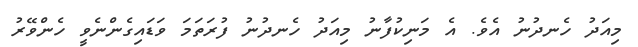
މިއަދު ހެނދުނު އެވެ. އެ މަނިކުފާނު މިއަދު ހެނދުނު ފުރަތަމަ ވަޑައިގެންނެވީ ހެންވޭރު